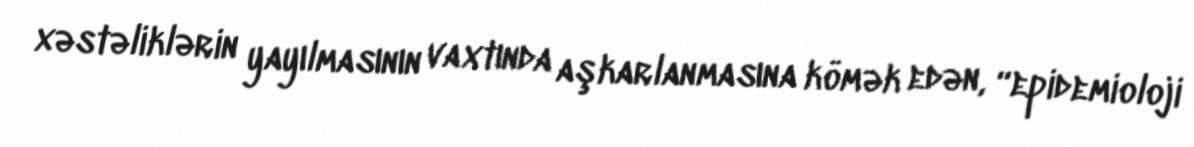
xəstəliklərin yayılmasının vaxtında aşkarlanmasına kömək edən, “epidemioloji